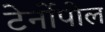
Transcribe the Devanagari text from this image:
टेर्नोपोल